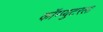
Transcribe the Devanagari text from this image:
कॉम्प्युटरला